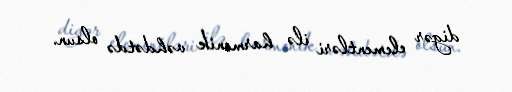
digər elementləri ilə harmonik vəhdətdə olsun.